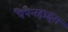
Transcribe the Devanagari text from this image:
पैपेनहाइम